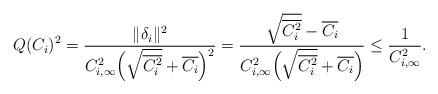
LaTeX: \begin{align*}Q(C_i)^2 = \frac{\|\delta_i\|^2}{C_{i,\infty}^2\Bigl(\sqrt{\overline{C_i^2}} + \overline{C_i}\Bigr)^2} = \frac{\sqrt{\overline{C_i^2}} - \overline{C_i}}{C_{i,\infty}^2\Bigl(\sqrt{\overline{C_i^2}} + \overline{C_i}\Bigr)} \leq \frac{1}{C_{i,\infty}^2}.\end{align*}